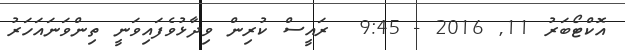
އޮކްޓޯބަރު 11